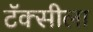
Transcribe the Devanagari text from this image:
टॅक्सीला